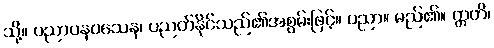
သို့။ ပညာပနဝသေန၊ ပညတ်နိုင်သည်၏အစွမ်းဖြင့်။ ပညာ။ မည်၏။ ဣတိ၊